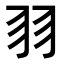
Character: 𦏲